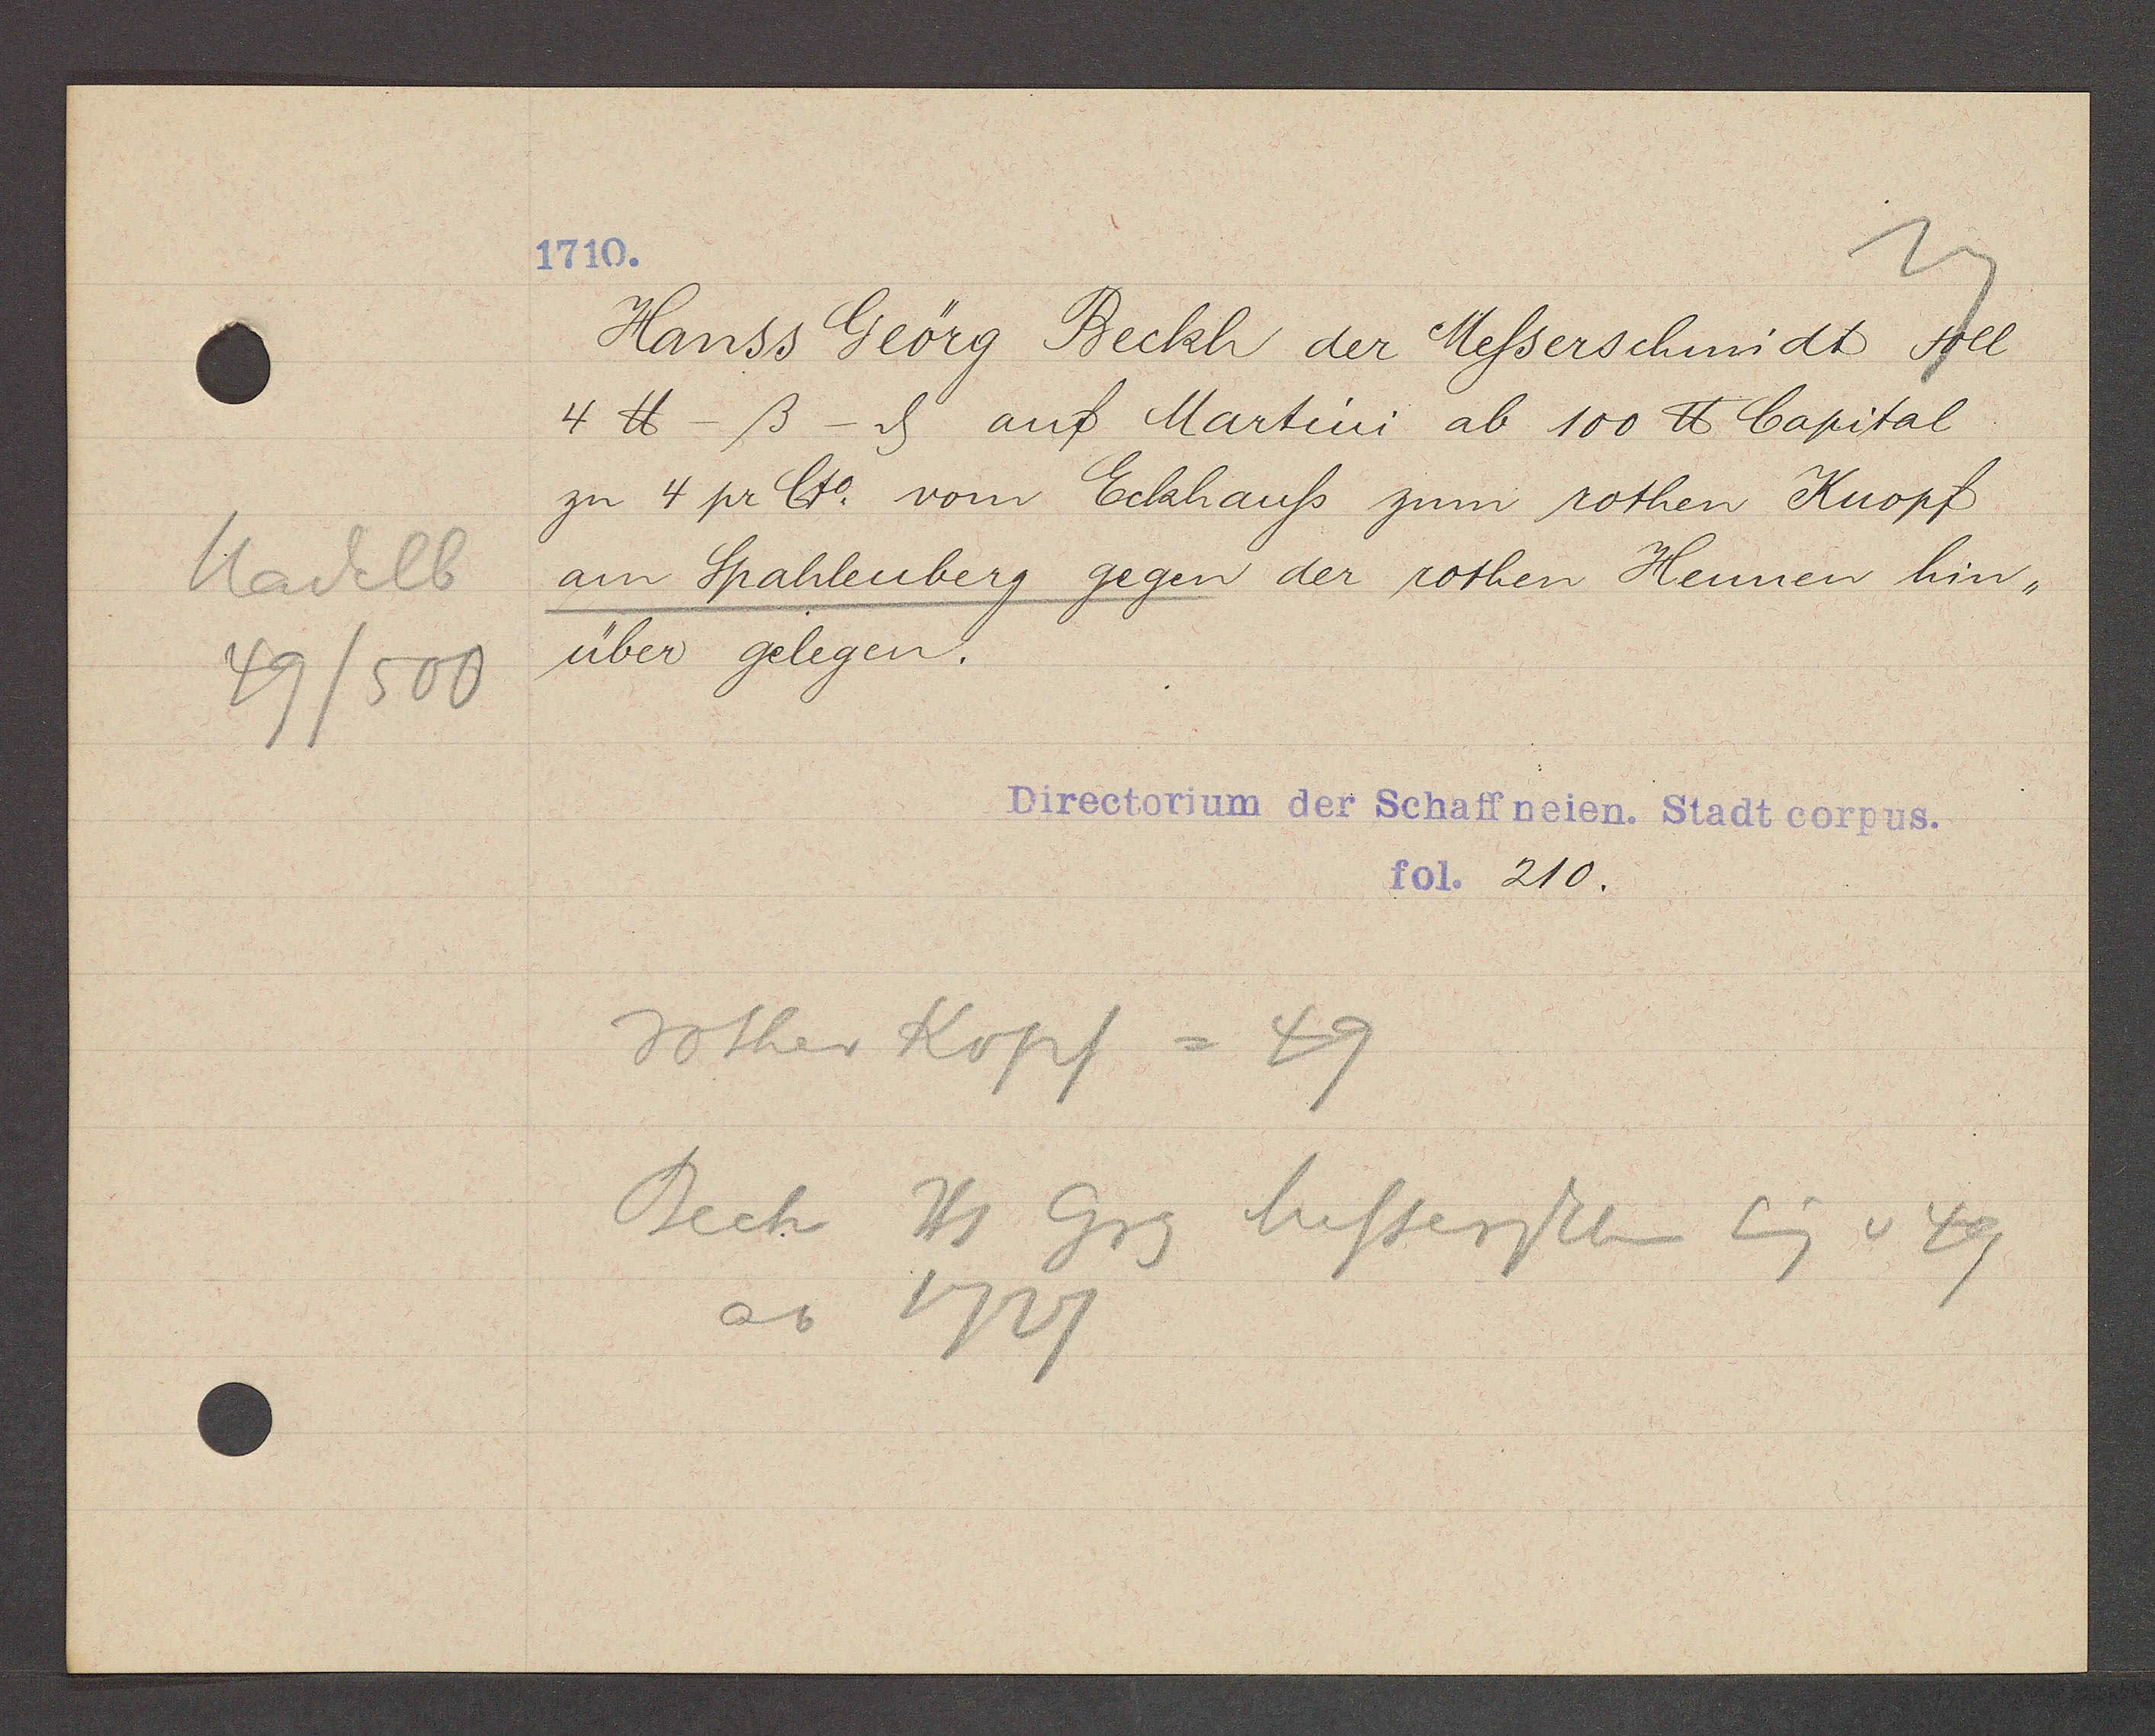
Transcript:
Nadelb
49/500

1710.

Hanss Geörg Beckh der Messerschmidt soll
4 ℔ - ß - ȡ auf Martini ab 100 ℔ Capital
zu 4 pr Cto. vom Eckhauss zum rothen Kuopf
am Spahlenberg gegen der rothen Hennen hin¬
über gelegen.

Directorium der Schaffneien. Stadt corpus.
fol. 210.

rother Kopf = 49
Beck Hs Grg Messerschm Eig v 49
ao 1727